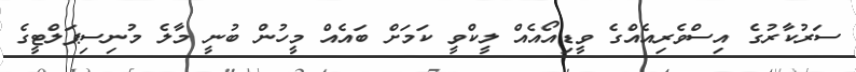
ސަރުކާރުގެ އިސްވެރިއެއްގެ ވީޑިއޯއެއް ލީކްވީ ކަމަށް ބައެއް މީހުން ބުނީ މާލެ މުނިސިޕަލްޓީގެ